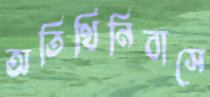
অতিথিনিবাসে